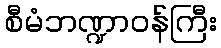
စီမံဘဏ္ဍာဝန်ကြီး